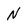
Character: N